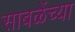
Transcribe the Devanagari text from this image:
साबळेंच्या